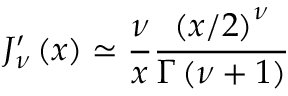
J _ { \nu } ^ { \prime } \left( x \right) \simeq \frac { \nu } { x } \frac { \left( x / 2 \right) ^ { \nu } } { \Gamma \left( \nu + 1 \right) }